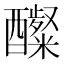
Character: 𮡋